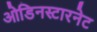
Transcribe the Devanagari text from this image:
ओडिनस्टारनेट